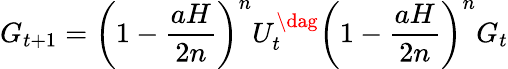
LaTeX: G_{t+1}=\left(1-\frac{aH}{2n}\right)^{n}U_{t}^{\dag}\left(1-\frac{aH}{2n}\right)^{n}G_{t}